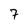
Character: 7